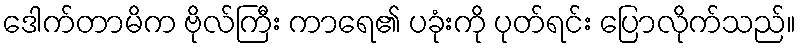
ဒေါက်တာမိက ဗိုလ်ကြီး ကာရေ၏ ပခုံးကို ပုတ်ရင်း ပြောလိုက်သည်။